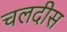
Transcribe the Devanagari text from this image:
चलदीस